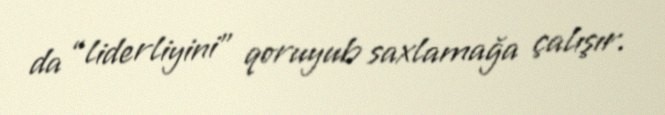
da “liderliyini” qoruyub saxlamağa çalışır.